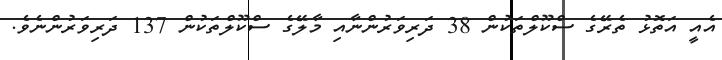
އެއީ އަތޮޅު ތެރޭގެ ސްކޫލްތަކުން 38 ދަރިވަރުންނާއި މާލޭގެ ސްކޫލްތަކުން 137 ދަރިވަރުންނެވެ.